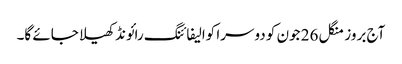
آج بروز منگل 26 جون کو دوسرا کوالیفائنگ رائونڈ کھیلا جائے گا۔